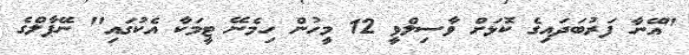
"އޭނާ ފަރުބަދައިގެ ކޮޅަށް ވާސިލްވީ 12 މީހުން ހިމެނޭ ޓީމަކާ އެކުގައި" ނޭޕާލްގެ